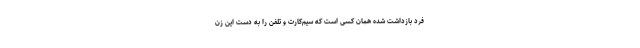
فرد بازداشت شده همان کسی است که سیم‌کارت و تلفن را به دست این زن